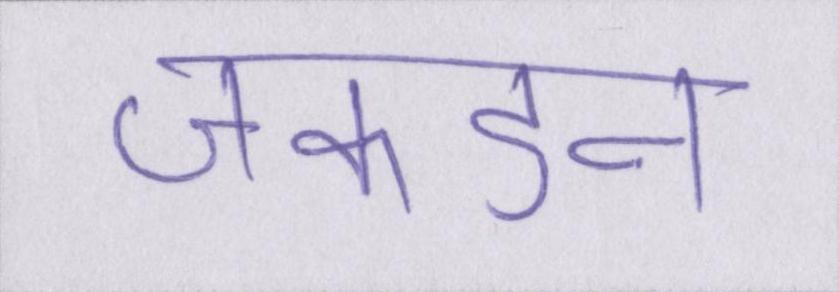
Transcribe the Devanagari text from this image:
जकडन